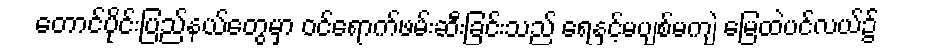
တောင်ပိုင်းပြည်နယ်တွေမှာ ဝင်ရောက်ဖမ်းဆီးခြင်းသည် ရေနှင့်မပျစ်မကျဲ မြေထဲပင်လယ်၌